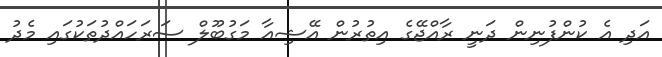
އަދި އެ ކުންފުނިން ދަނީ ރާއްޖޭގެ އިތުރުން އޭޝިއާ މަގުބޫލް ސަރަހައްދުތަކުގައި މެދު